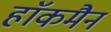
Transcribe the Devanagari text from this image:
हाॅकमैन